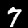
Digit: 7